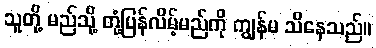
သူတို့ မည်သို့ တုံ့ပြန်လိမ့်မည်ကို ကျွန်မ သိနေသည်။